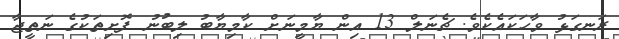
ރަނގަޅު ވާހަކައެކެވެ. ޗެނަލް 13 އިން ޔާމީނަށް ކާމިޔާބު ލިބުނު ފޮށިތަކުގެ ނަތީޖާ